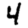
Digit: 4